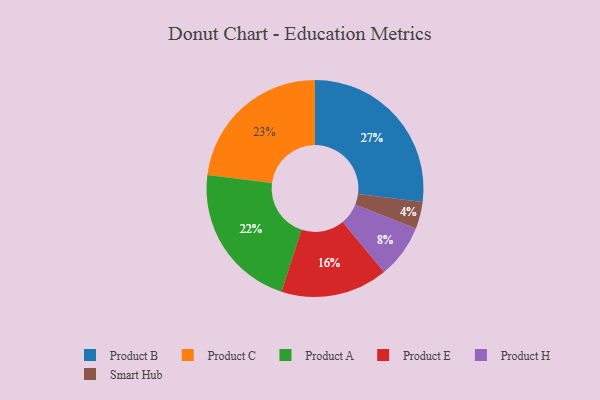
{"axis": {"x": "Category", "y": "Percentage"}, "legend": ["Product A", "Product B", "Product C", "Product E", "Product H", "Smart Hub"], "data": [{"x": "Product C", "y": 23, "type": "Product C"}, {"x": "Smart Hub", "y": 4, "type": "Smart Hub"}, {"x": "Product B", "y": 27, "type": "Product B"}, {"x": "Product H", "y": 8, "type": "Product H"}, {"x": "Product E", "y": 16, "type": "Product E"}, {"x": "Product A", "y": 22, "type": "Product A"}]}